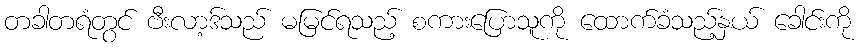
တခါတရံတွင် ဗီးလာ့ဒ်သည် မမြင်ရသည့် စကားပြောသူကို ထောက်ခံသည့်နှယ် ခေါင်းကို